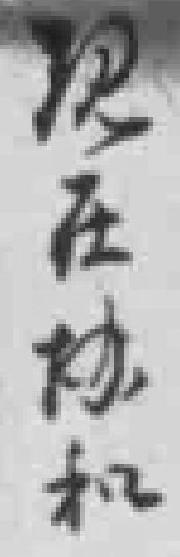
现在协和